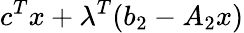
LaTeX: c^{T}x+\lambda^{T}(b_{2}-A_{2}x)